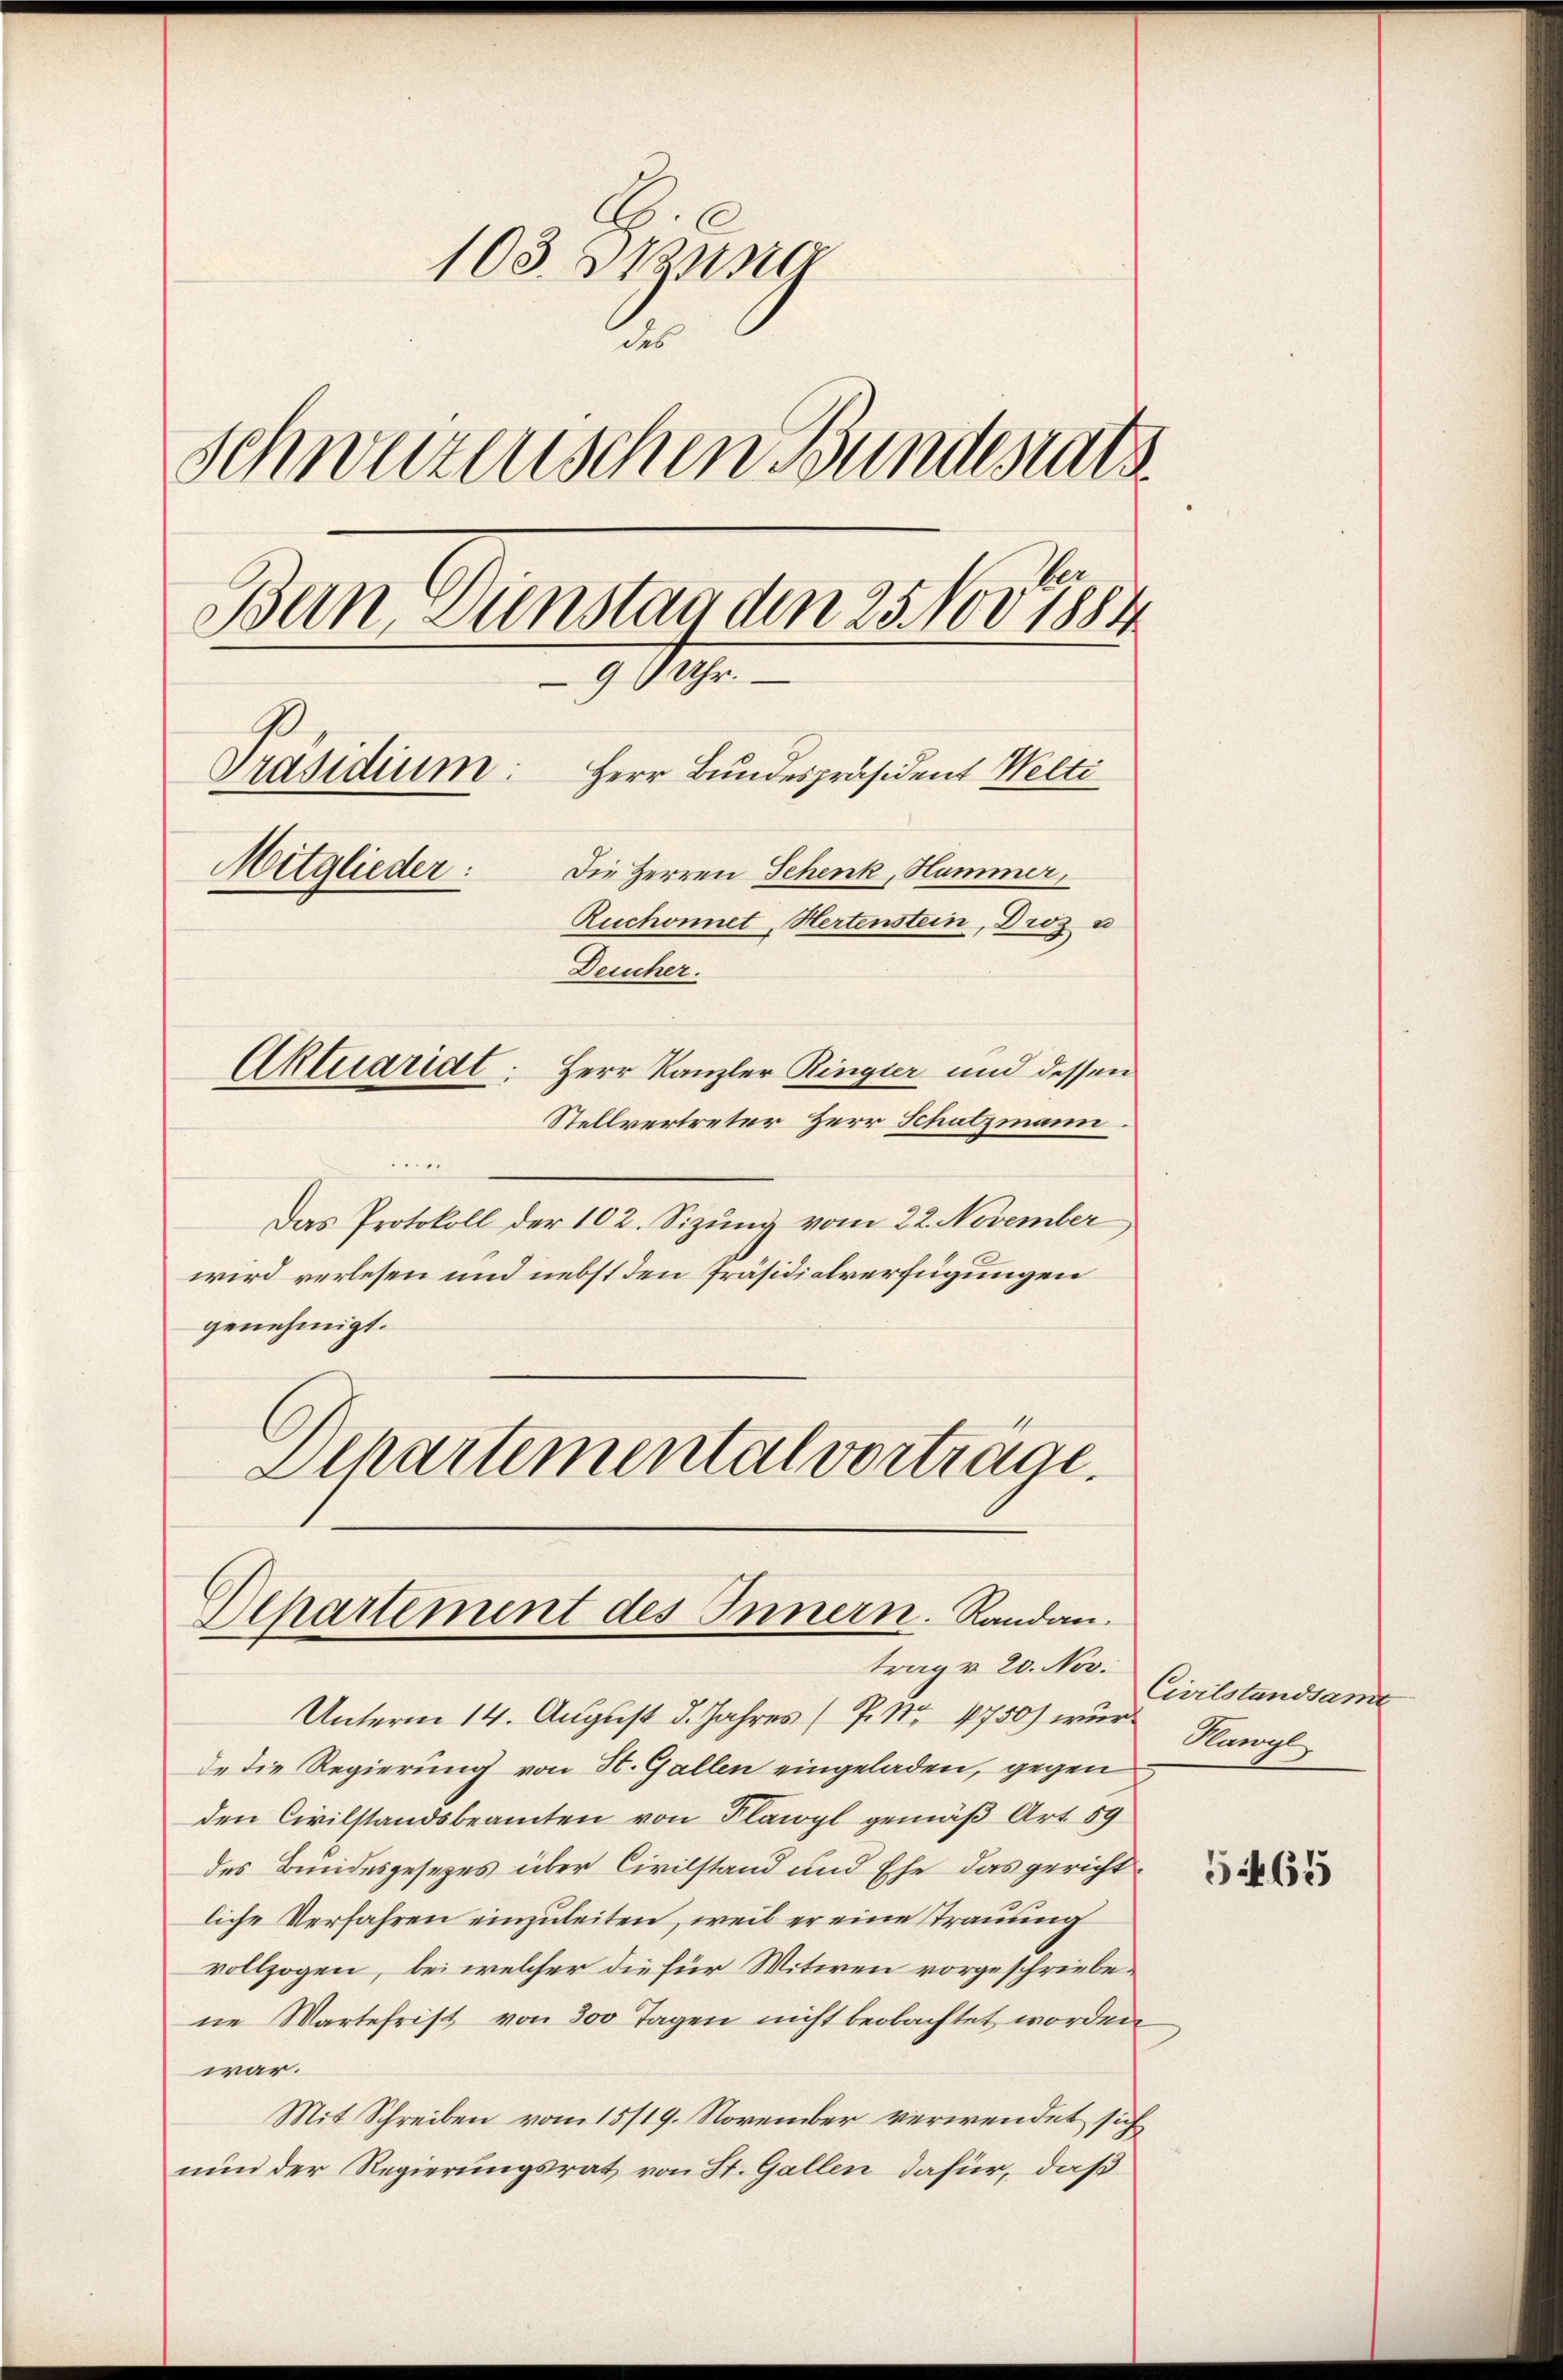
103. Stun
.
Schwurzenschen Bundesrats
Ban, Dienstan den 25. Nov. 1884
9 % Uhr.
Herr Bundespräsident Welti
Präsidium:
Mitglieder:
Die Herren Schenk, Hammer,
Ruchonnet, Hertenstein, Droz u
Deucher.
Aktuaridt: Herr Kanzler Ringler und dessen
Stellvertreter Herr Schatzmann.

e
Das Protokoll der 102. Sizung vom 22. November
wird verlesen und nebst den Präsidialverfügungen
genehmigt.
Dchartemental vortrage.
Departement des Innern. Randan

Unterm 14. August d. Jahres (P. Nr. 1750) wurde die Regierung von St. Gallen eingeladen, gegen
den Civilstandsbeamten von Flawyl gemäß Art. 59
des Bundesgesetzes über Civilstand und Ehe das gerichtliche Verfahren einzuleiten, weil er eine Trauung
vollzogen, bei welcher die für Witwen vorgeschriebene Wartefrist von 300 Tagen nicht beobachtet worden.
war.
Mit Schreiben vom 15/19. November verwendet sich
nun der Regierungsrat von St. Gallen dafür, daß

trag v. 20. Nov.

Civilstandsamt
Kungl

54. 65